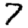
Digit: 7